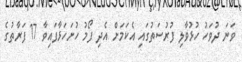
ވަނަ ދުވަހު ހުޅުވާލި ފުރުސަތުގައި އެކަމަށް އެދި ފޯމު ހުށަހަޅާފައިވާ 17 ފަރާތުގެ